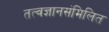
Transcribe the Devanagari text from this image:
तत्वज्ञानसंमिलित